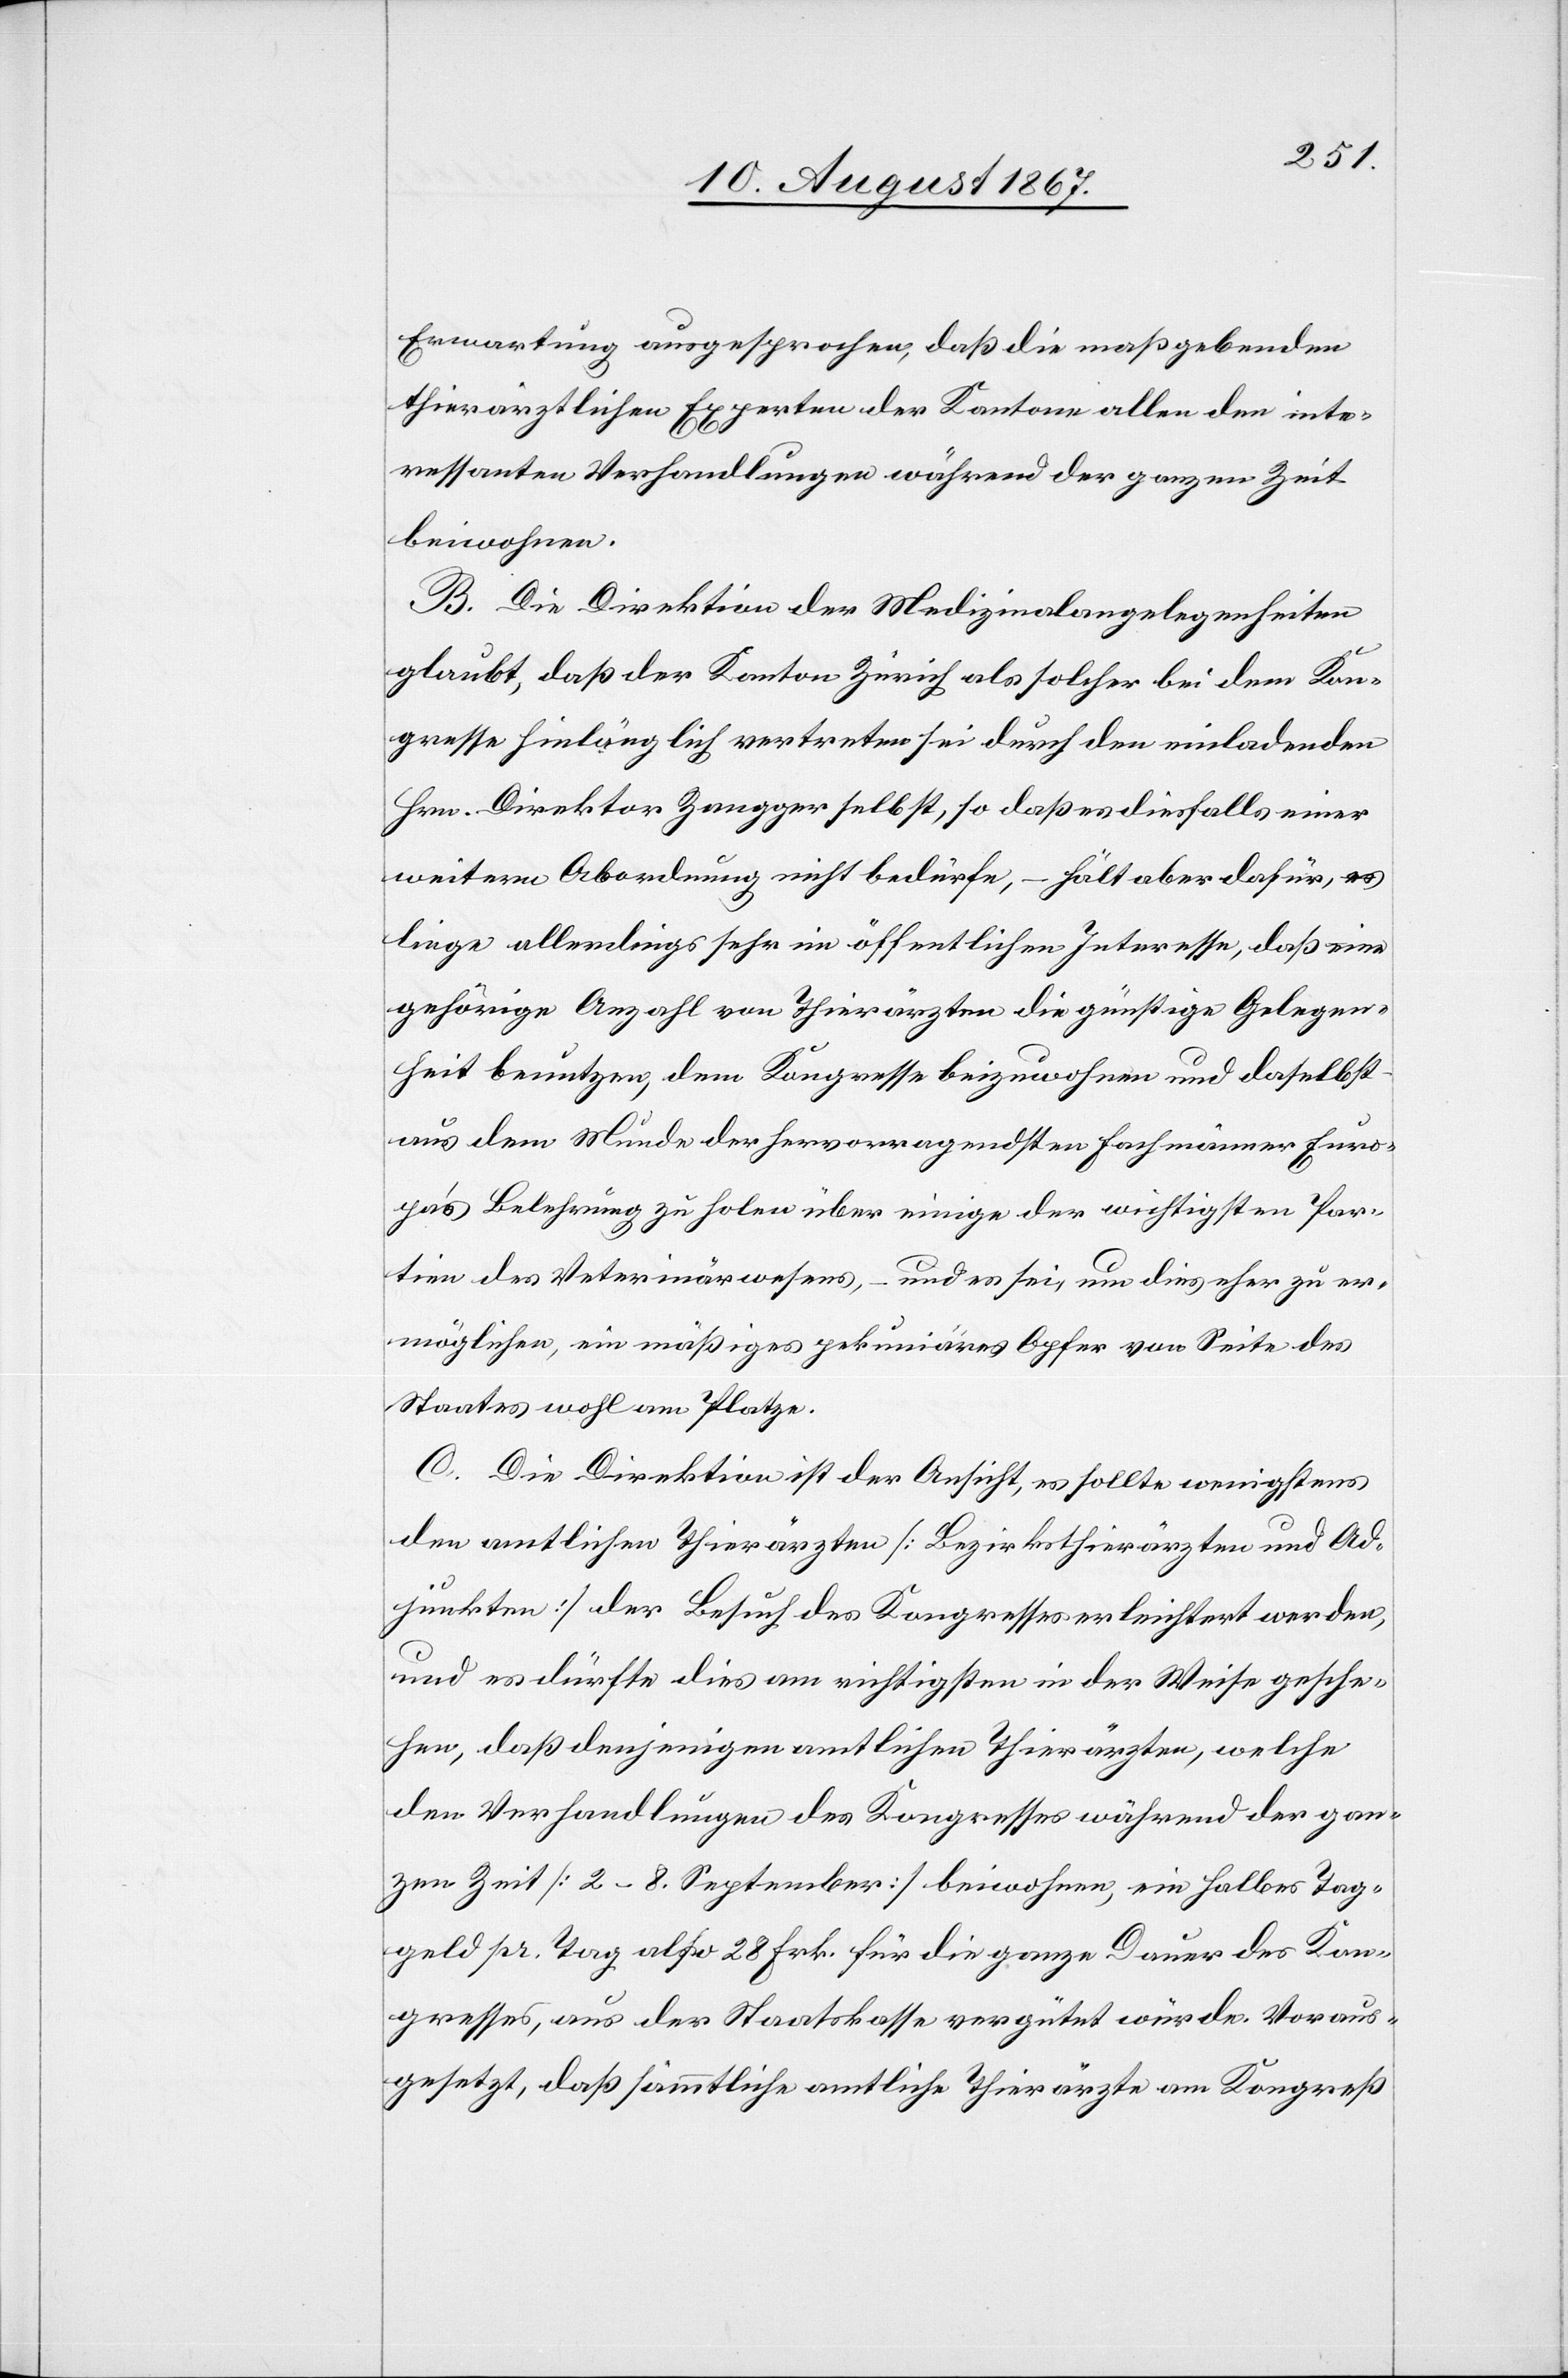
Erwartung ausgesprochen, daß die maßgebenden
thierärztlichen Experten der Kantone allen den inte¬
ressanten Verhandlungen während der ganzen Zeit
beiwohnen.
B. Die Direktion der Medizinalangelegenheiten
glaubt, daß der Kanton Zürich als solcher bei dem Kon¬
gresse hinlänglich vertreten sei durch den einladenden
Hrn. Direktor Zangger selbst, so daß es diesfalls einer
weitern Abordnung nicht bedürfe, – hält aber dafür, es
liege allerdings sehr im öffentlichen Interesse, daß eine
gehörige Anzahl von Thierärzten die günstige Gelegen¬
heit benutzen, dem Kongresse beizuwohnen und daselbst
aus dem Munde der hervorragendsten Fachmänner Euro¬
pas Belehrung zu holen über einige der wichtigsten Par¬
tien des Veterinärwesens, – und es sei, um dies eher zu er¬
möglichen, ein mäßiges pekuniäres Opfer von Seite des
Staates wohl am Platze.
C. Die Direktion ist der Ansicht, es sollte wenigstens
den amtlichen Thierärzten [Bezirksthierärzten und Ad¬
junkten] der Besuch des Kongresses erleichtert werden,
und es dürfte dies um richtigsten in der Weise gesche¬
hen, daß denjenigen amtlichen Thierärzten, welche
den Verhandlungen des Kongresses während der gan¬
zen Zeit [2–8. September] beiwohnen, ein halbes Tag¬
geld pr. Tag, also 28 Frk. für die ganze Dauer des Kon¬
gresses, aus der Staatskasse vergütet würde. Voraus¬
gesetzt, daß sämmtliche amtliche Thierärzte am Kongreß